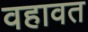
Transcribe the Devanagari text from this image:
वहावत